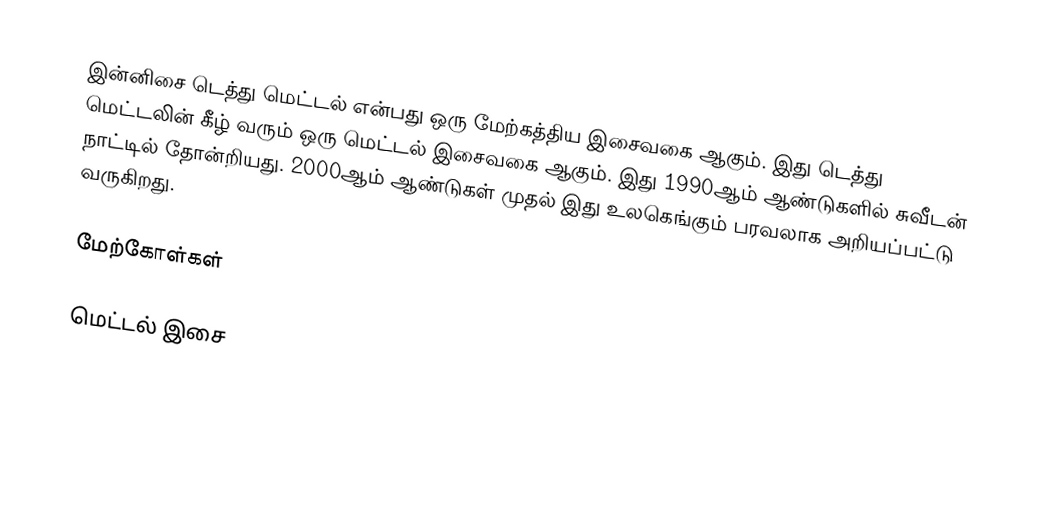
இன்னிசை டெத்து மெட்டல் என்பது ஒரு மேற்கத்திய இசைவகை ஆகும். இது டெத்து மெட்டலின் கீழ் வரும் ஒரு மெட்டல் இசைவகை ஆகும். இது 1990ஆம் ஆண்டுகளில் சுவீடன் நாட்டில் தோன்றியது. 2000ஆம் ஆண்டுகள் முதல் இது உலகெங்கும் பரவலாக அறியப்பட்டு வருகிறது.

மேற்கோள்கள்

மெட்டல் இசை